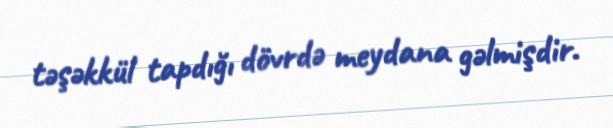
təşəkkül tapdığı dövrdə meydana gəlmişdir.